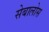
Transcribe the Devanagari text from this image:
सेबालोस